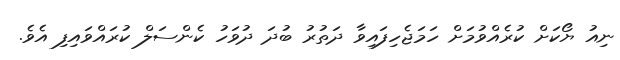
ނިއު ޔޯކަށް ކުރެއްވުމަށް ހަމަޖެހިފައިވާ ދަތުރު ބުދަ ދުވަހު ކެންސަލް ކުރައްވައިފި އެވެ.